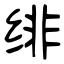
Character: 绯